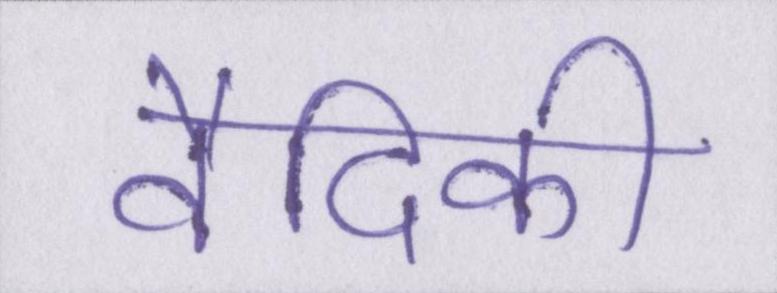
वैदिकी